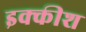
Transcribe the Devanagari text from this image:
इक्कीश